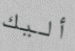
أليك